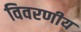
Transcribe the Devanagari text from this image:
विवरणीय